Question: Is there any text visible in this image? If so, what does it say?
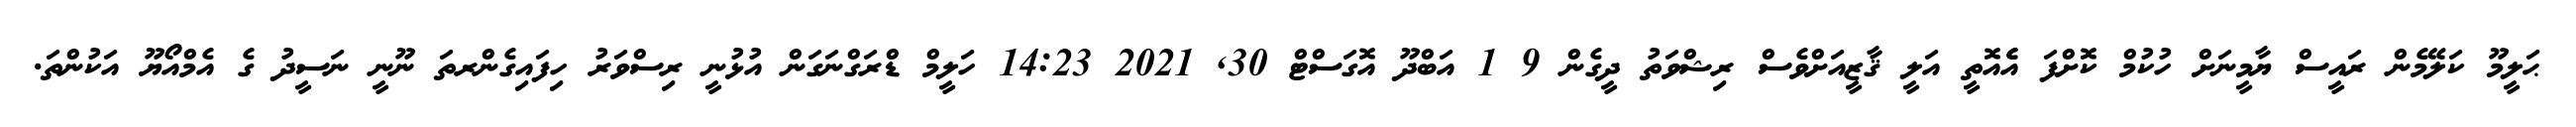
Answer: ޙަލީމޫ ކަލޭމެން ރައީސް ޔާމީނަށް ހުކުމް ކޮށްފަ އެެއޮތީ އަލީ ޤާޒީއަށްވެސް ރިޝްވަތު ދީގެން 9 1 އަބްދޫ އޮގަސްޓް 30, 2021 14:23 ހަލީމް ޑްރަގްނަގަން އުޅުނީ ރިސްވަރު ހިފައިގެންރތަ ނޫނީ ނަސީދު ގެ އެމްއޯޔޫ އަކުންތަ.